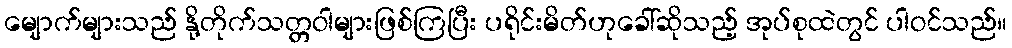
မျောက်များသည် နို့တိုက်သတ္တဝါများဖြစ်ကြပြီး ပရိုင်းမိတ်ဟုခေါ်ဆိုသည့် အုပ်စုထဲတွင် ပါဝင်သည်။